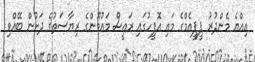
އިއްޔެ މެންދުރު ޕީޕީއެމްގެ މައި އޮފީހުގައި ރައީސް މައުމޫންގެ ރިޔާސަތުގެ ދަށުން ބޭއްވި